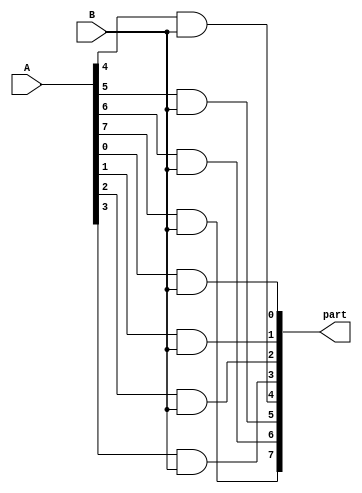
module partprod(A, B, part);
	input [7:0] A;
	input B;
	output [7:0] part;

	assign part[0] = A[0]&B;
	assign part[1] = A[1]&B;
	assign part[2] = A[2]&B;
	assign part[3] = A[3]&B;
	assign part[4] = A[4]&B;
	assign part[5] = A[5]&B;
	assign part[6] = A[6]&B;
	assign part[7] = A[7]&B;


endmodule